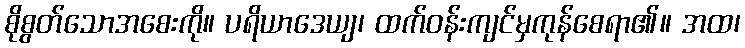
စိုစွတ်သောအစေးကို။ ပရိယာဒေယျ၊ ထက်ဝန်းကျင်မှကုန်စေရာ၏။ အထ၊